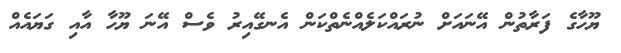
ޔޫހާގެ ފަރާތުން އޭނައަށް ނުރައްކަލެއްނެތްކަން އެނގޭއިރު ވެސް އޭނަ ޔޫހާ އާއި ގަޔައެއް